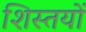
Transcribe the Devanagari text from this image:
शिस्तयों